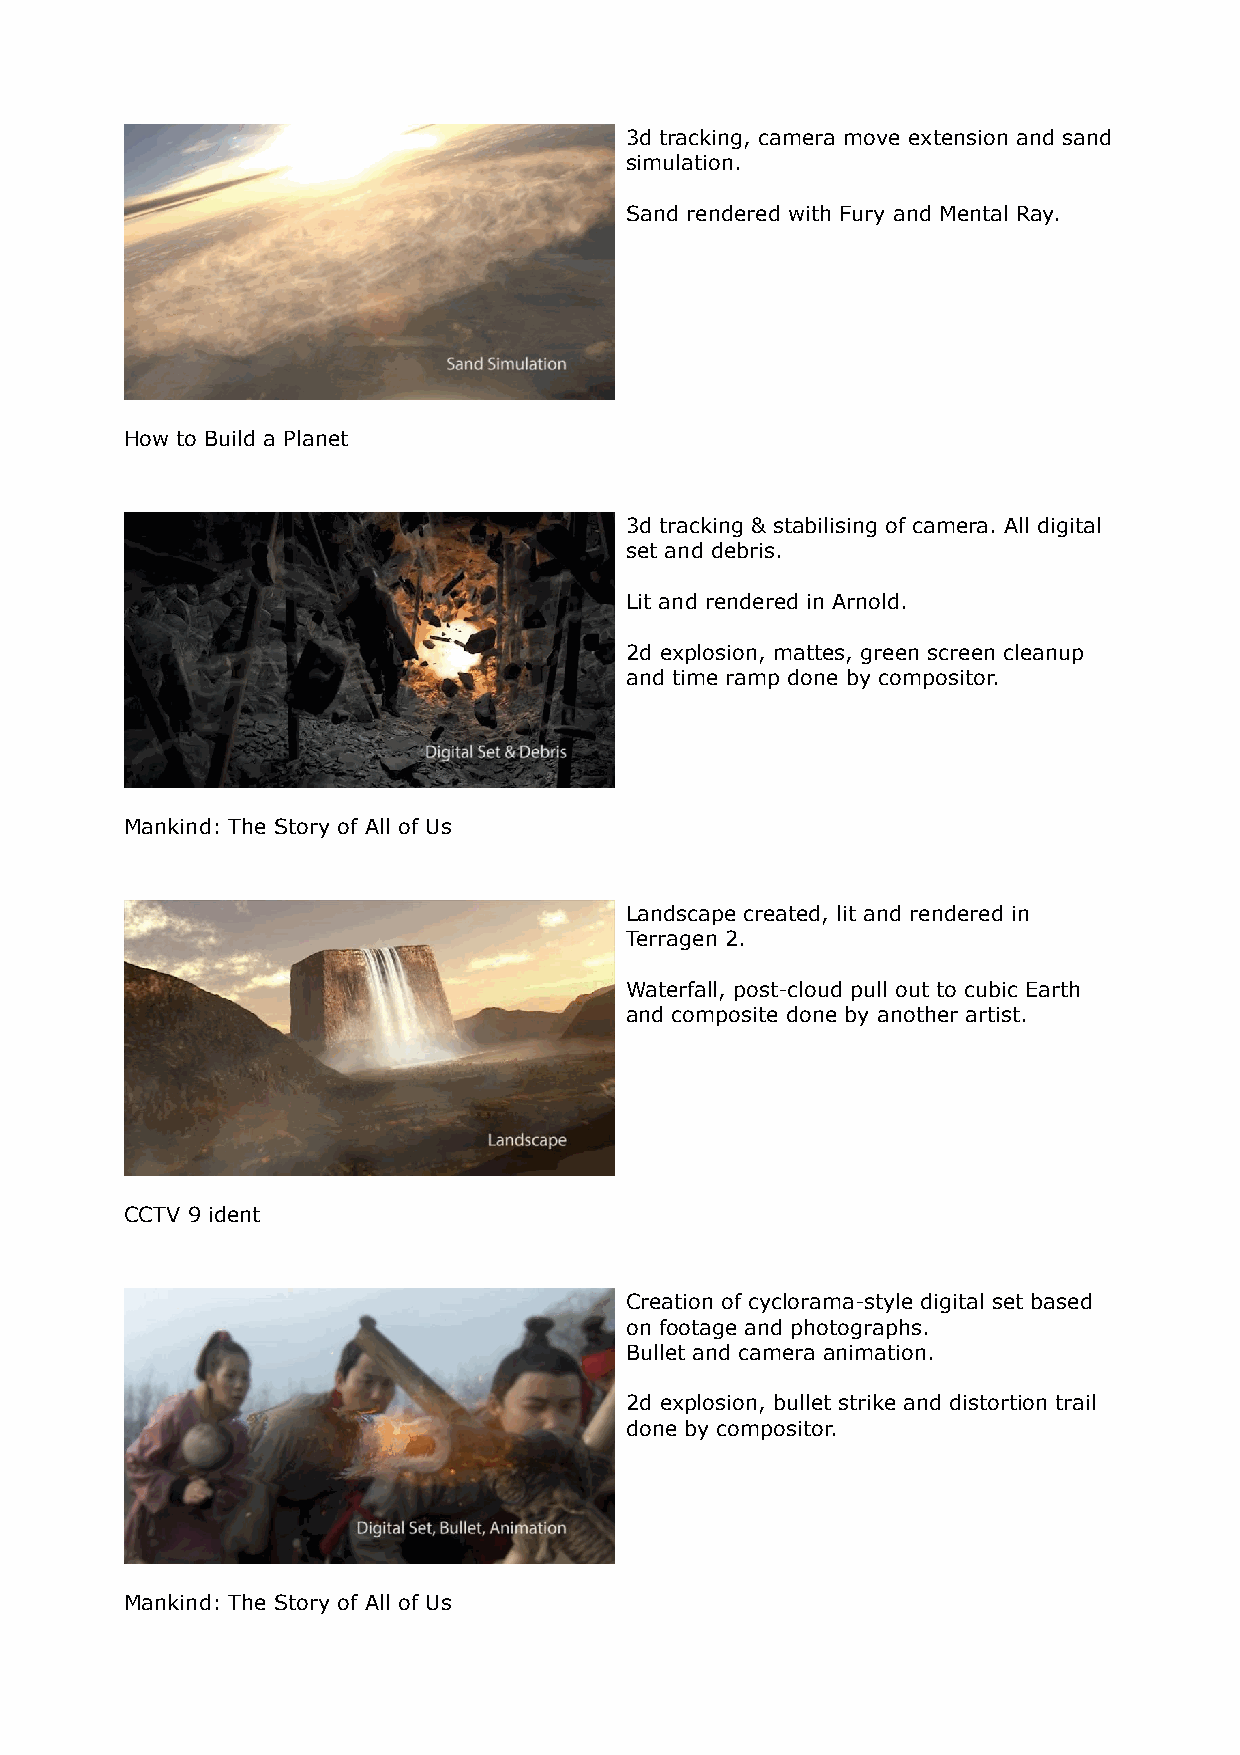
3d tracking, camera move extension and sand
 simulation.
 Sand rendered with Fury and Mental Ray.
 How to Build a Planet
 3d tracking & stabilising of camera. All digital
 set and debris.
 Lit and rendered in Arnold.
 2d explosion, mattes, green screen cleanup
 and time ramp done by compositor.
 Mankind: The Story of All of Us
 Landscape created, lit and rendered in
 Terragen 2.
 Waterfall, post-cloud pull out to cubic Earth
 and composite done by another artist.
 CCTV 9 ident
 Creation of cyclorama-style digital set based
 on footage and photographs.
 Bullet and camera animation.
 2d explosion, bullet strike and distortion trail
 done by compositor.
 Mankind: The Story of All of Us